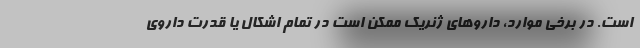
است. در برخی موارد، داروهای ژنریک ممکن است در تمام اشکال یا قدرت داروی